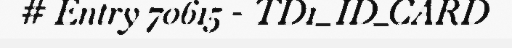
# Entry 70615 - TD1_ID_CARD